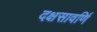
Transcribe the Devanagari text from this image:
दक्षसावर्णि